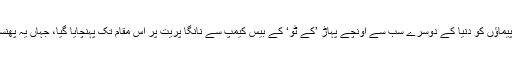
چار پولش کوہ پيماؤں کو دنيا کے دوسرے سب سے اونچے پہاڑ ’کے ٹو‘ کے بيس کيمپ سے نانگا پریت پر اس مقام تک پہنچايا گيا، جہاں يہ پھنسے ہوئے تھے۔